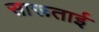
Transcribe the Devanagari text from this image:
सारूताई